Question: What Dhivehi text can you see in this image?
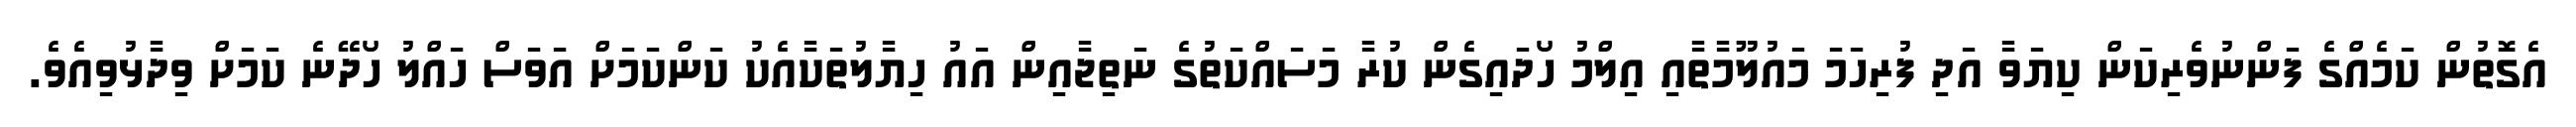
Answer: އެގޮތުން ކަމެއްގެ ފަންނުވެރިކަން ކިޔަވާ އަދި ފުރިހަމަ މައުލޫމާތާއި އިލްމު ހޯދައިގެން ކުރާ މަސައްކަތުގެ ނަތިޖާއިން އައު ހިޔާލުތަކާއެކު ކަންކަމަށް އަވަސް ހައްލު ހޯދޭނެ ކަމަށް ވިދާޅުވިއެވެ.